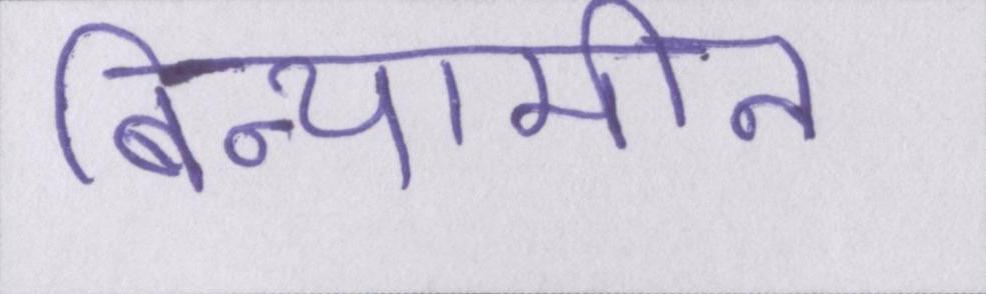
बिन्यामीन